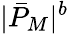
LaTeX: |\bar{P}_{M}|^{b}